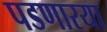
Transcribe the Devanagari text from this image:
पडणारया